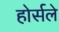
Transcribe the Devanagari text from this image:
होर्सले